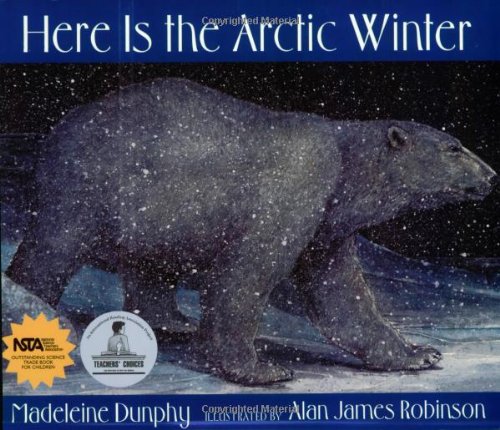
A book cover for Here Is the Arctic Winter (Web of Life); Madeleine Dunphy; Travel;